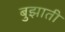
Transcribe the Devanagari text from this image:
बुझाती